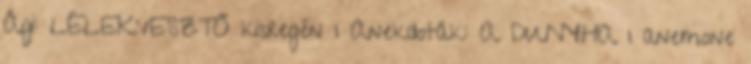
Ági: LÉLEKVESZTŐ kisregén 1 Anekdoták: A DUNYHA 1 anemone